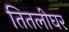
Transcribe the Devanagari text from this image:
तितलीघर